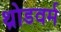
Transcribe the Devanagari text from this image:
थ्रोडवर्म